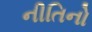
નીતિનો